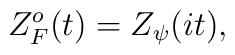
Z^o_F(t) = Z_\psi(it),